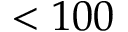
< 1 0 0